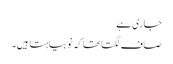
جاری ہے
صاف لگتا تھا کہ نوبیاہتا ہیں۔